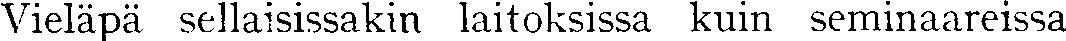
Vieläpä sellaisissakin laitoksissa kuin seminaareissa